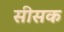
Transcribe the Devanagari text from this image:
सीसक